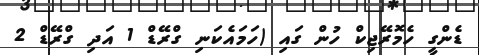
ޑެންގީ ހެމޮރޭޖިކް ހުން ގައި (ހަމައެކަނި ގްރޭޑް 1 އަދި ގްރޭޑް 2